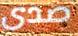
صدى